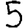
Digit: 5